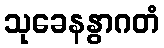
သုခေနနွာဂတံ